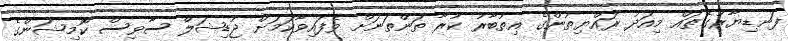
ފަނޑިޔާރުގެތައް މިއަދު ރައްޔިތުންގެ އިތުބާރު ކުރާ ތަންތަނަށް ވެފައިވާކަމަށް ޖުޑިޝަލް ސާވިސް ކޮމިޝަންގެ